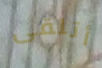
أتلقى